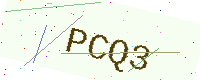
Text: PCQ3